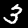
Label: 3